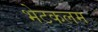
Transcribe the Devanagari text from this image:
भेटकलम